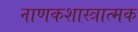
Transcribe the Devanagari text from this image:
नाणकशास्त्रात्मक